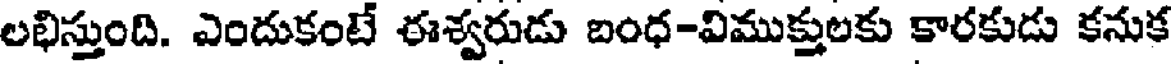
లభిస్తుంది. ఎందుకంటే ఈశ్వరుడు బంధ-విముక్తులకు కారకుడు కనుక